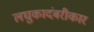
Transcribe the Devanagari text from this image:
लघुकादंबरीकार